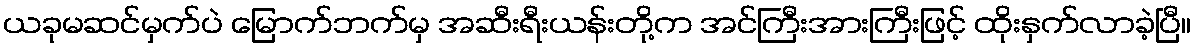
ယခုမဆင်မှက်ပဲ မြောက်ဘက်မှ အဆီးရီးယန်းတို့က အင်ကြီးအားကြီးဖြင့် ထိုးနှက်လာခဲ့ပြီ။